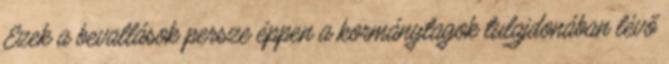
Ezek a bevallások persze éppen a kormánytagok tulajdonában lévő